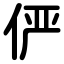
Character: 俨